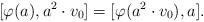
LaTeX: \begin{align*}[\varphi(a), a^2 \cdot v_0] = [\varphi(a^2 \cdot v_0), a]. \end{align*}